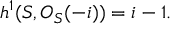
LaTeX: h ^ { 1 } ( { \cal S } , { \cal O } _ { \cal S } ( - i ) ) = i - 1 .